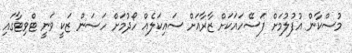
މުސްކާން އުފުލުމަށް ފަސޭހައަކަށް ޒާރާއަށް ސައިކަލެއް ހޯދުމަށް ހަސަން ޒަކީ ވަނީ ޓްވިޓާގައި